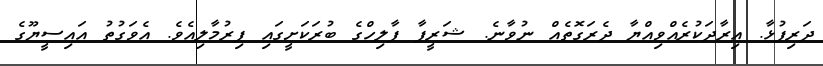
ދަރިފުޅާ. އިރާދަކުރެއްވިއްޔާ ދެރަގޮތެއް ނުވާނެ. ޝަރީފާ ފާލިހްގެ ބުރަކަށީގައި ފިރުމާލިއެވެ. އެވަގުތު އައިސީޔޫގެ